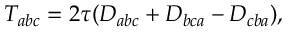
T _ { a b c } = 2 \tau ( D _ { a b c } + D _ { b c a } - D _ { c b a } ) ,